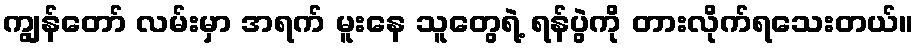
ကျွန်တော် လမ်းမှာ အရက် မူးနေ သူတွေရဲ့ ရန်ပွဲကို တားလိုက်ရသေးတယ်။